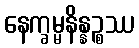
နေက္ခမ္မနိန္နဉ္စဿ